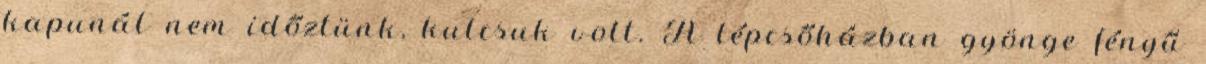
kapunál nem időztünk, kulcsuk volt. A lépcsőházban gyönge fényű